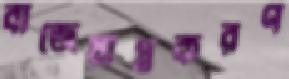
বাজেয়াপ্তকরণ